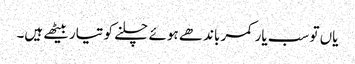
یاں تو سب یار کمر باندھے ہوئے چلنے کو تیار بیٹھے ہیں۔